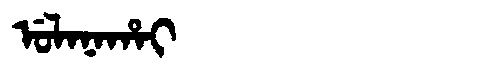
Manchu: ᡠᠯᠠᠨᠠᡥᠠᡳ
Romanization: ULANAHAI